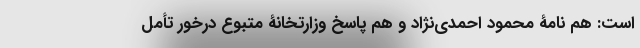
است: هم نامۀ محمود احمدی‌نژاد و هم پاسخ وزارتخانۀ متبوع درخور تأمل